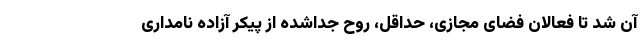
آن شد تا فعالان فضای مجازی، حداقل، روح جداشده از پیکر آزاده نامداری